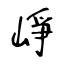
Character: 崢